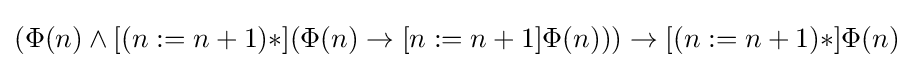
(\Phi (n)\land [(n:=n+1)*](\Phi (n)\to [n:=n+1]\Phi (n)))\to [(n:=n+1)*]\Phi (n)\,\!